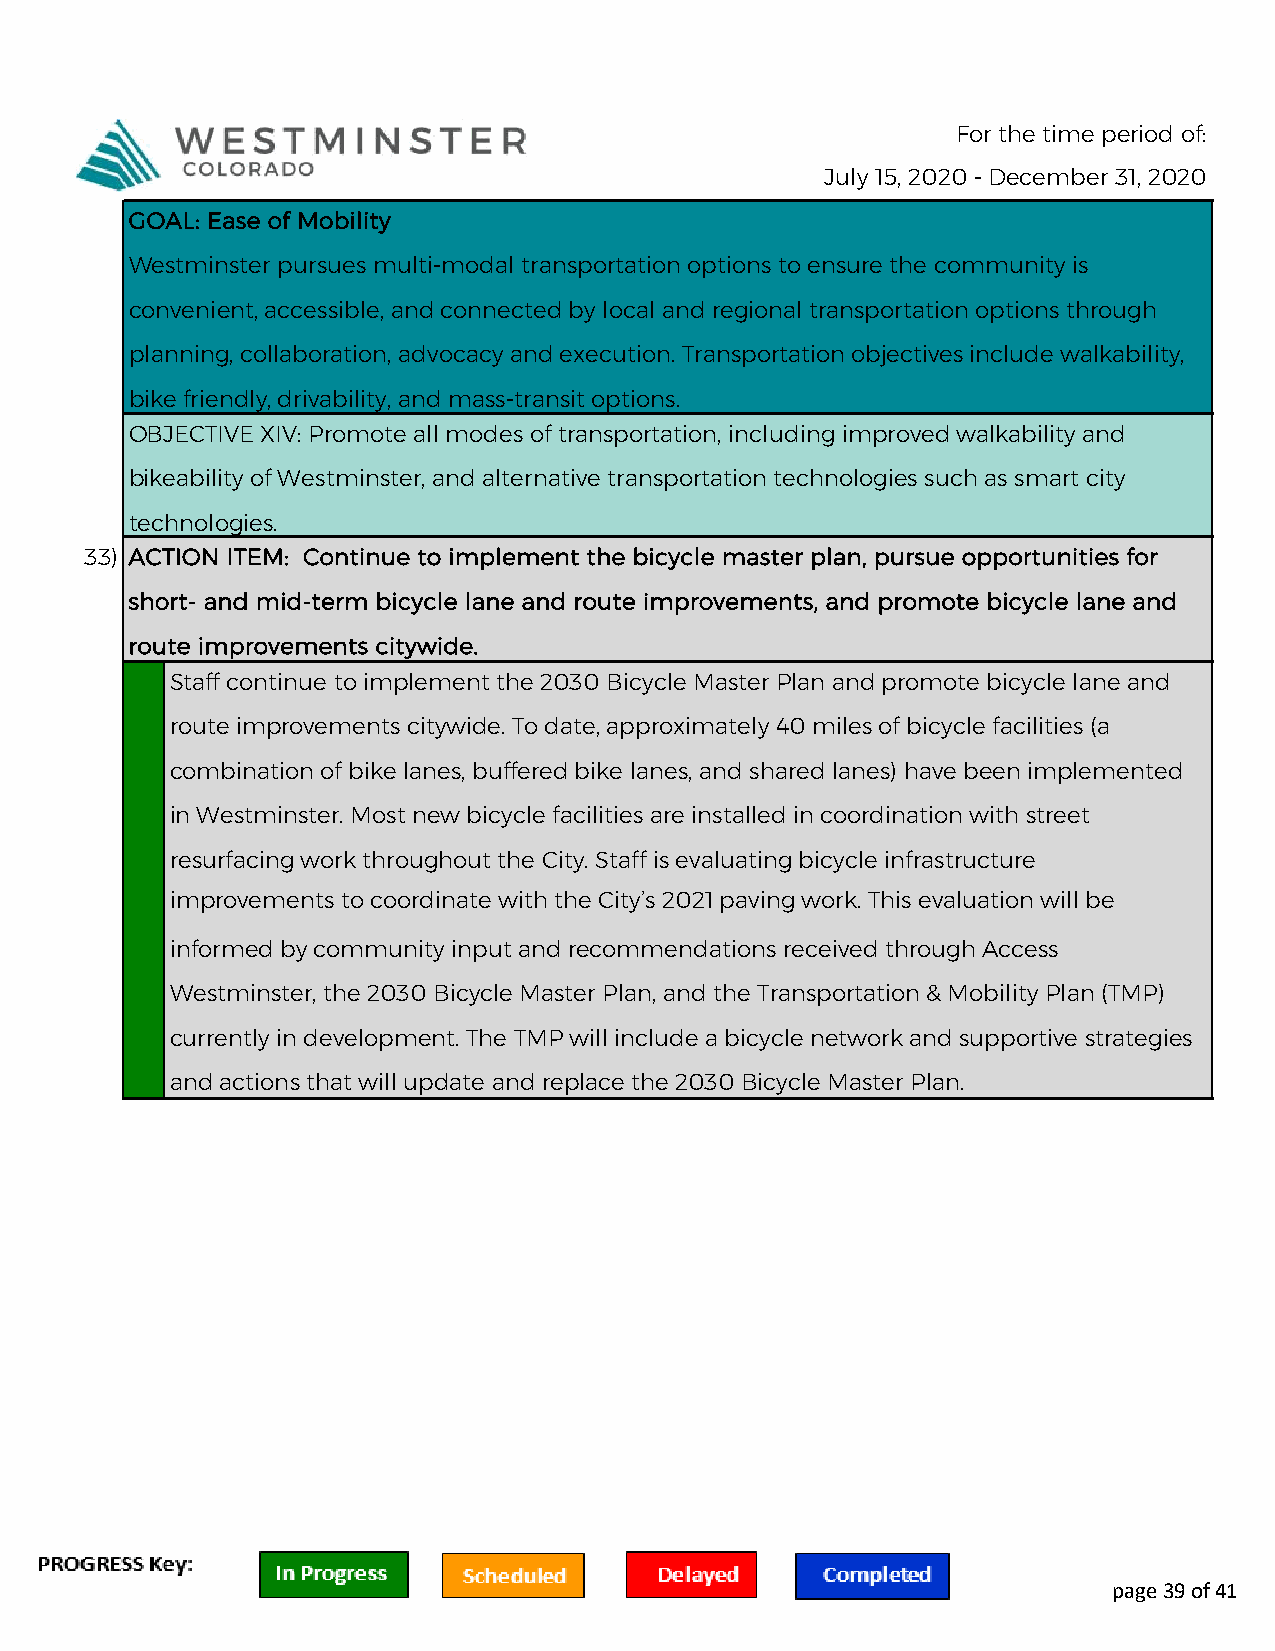
For the time period of:
 July 15, 2020 - December 31, 2020
 GOAL: Ease of Mobility
 Westminster pursues multi-modal transportation options to ensure the community is
 convenient, accessible, and connected by local and regional transportation options through
 planning, collaboration, advocacy and execution. Transportation objectives include walkability,
 bike friendly, drivability, and mass-transit options.
 OBJECTIVE XIV: Promote all modes of transportation, including improved walkability and
 bikeability of Westminster, and alternative transportation technologies such as smart city
 technologies.
 33) ACTION ITEM: Continue to implement the bicycle master plan, pursue opportunities for
 short- and mid-term bicycle lane and route improvements, and promote bicycle lane and
 route improvements citywide.
 Staff continue to implement the 2030 Bicycle Master Plan and promote bicycle lane and
 route improvements citywide. To date, approximately 40 miles of bicycle facilities (a
 combination of bike lanes, buffered bike lanes, and shared lanes) have been implemented
 in Westminster. Most new bicycle facilities are installed in coordination with street
 resurfacing work throughout the City. Staff is evaluating bicycle infrastructure
 improvements to coordinate with the City’s 2021 paving work. This evaluation will be
 informed by community input and recommendations received through Access
 Westminster, the 2030 Bicycle Master Plan, and the Transportation & Mobility Plan (TMP)
 currently in development. The TMP will include a bicycle network and supportive strategies
 and actions that will update and replace the 2030 Bicycle Master Plan.
 page 39 of 41